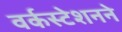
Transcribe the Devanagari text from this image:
वर्कस्टेशनने